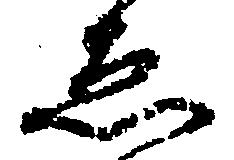
ゑ